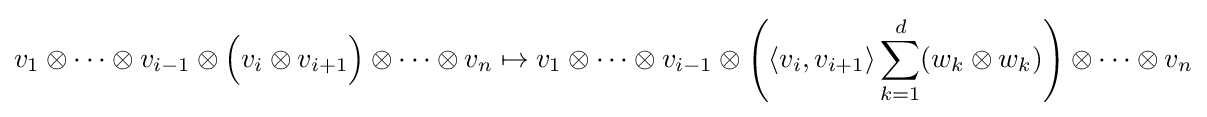
v_{1}\otimes \cdots \otimes v_{i-1}\otimes {\Big (}v_{i}\otimes v_{i+1}{\Big )}\otimes \cdots \otimes v_{n}\mapsto v_{1}\otimes \cdots \otimes v_{i-1}\otimes \left(\langle v_{i},v_{i+1}\rangle \sum _{k=1}^{d}(w_{k}\otimes w_{k})\right)\otimes \cdots \otimes v_{n}